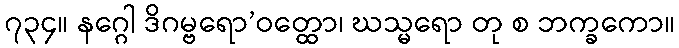
၇၃၄။ နဂ္ဂေါ ဒိဂမ္ဗရော’ဝတ္ထော၊ ဃသ္မရော တု စ ဘက္ခကော။